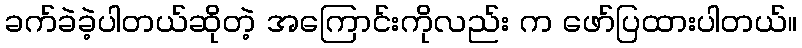
ခက်ခဲခဲ့ပါတယ်ဆိုတဲ့ အကြောင်းကိုလည်း က ဖော်ပြထားပါတယ်။